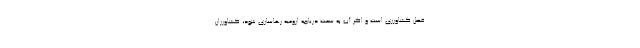
فصل کشاورزی است و اگر آب به سمت دریاچه ارومیه رهاسازی شود، کشاورزان